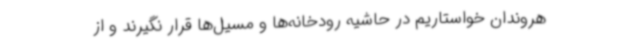
هروندان خواستاریم در حاشیه رودخانه‌ها و مسیل‌ها قرار نگیرند و از